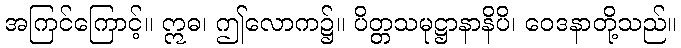
အကြင်ကြောင့်။ ဣဓ၊ ဤလောက၌။ ပိတ္တသမုဋ္ဌာနာနိပိ၊ ဝေဒနာတို့သည်။